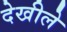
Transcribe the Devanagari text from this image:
देखीले